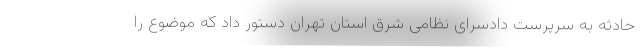
حادثه به سرپرست دادسرای نظامی شرق استان تهران دستور داد که موضوع را